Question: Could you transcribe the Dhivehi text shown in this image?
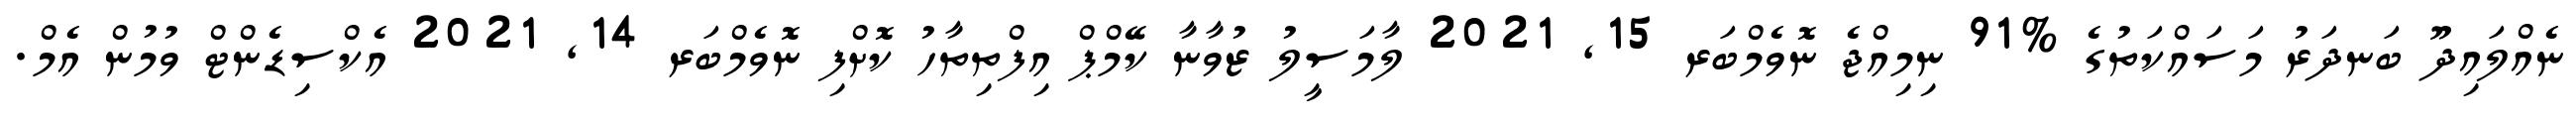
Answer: ނެއްލައިދޫ ބަނދަރު މަސައްކަތުގެ %91 ނިމިއްޖެ ނޮވެމްބަރ 15, 2021 ލާމަސީލު ޒުވާނާ ކޭމްޕް އިފްތިތާހު ކޮށްފި ނޮވެމްބަރ 14, 2021 އެކްސިޑެންޓް ވުމުން އެމް.